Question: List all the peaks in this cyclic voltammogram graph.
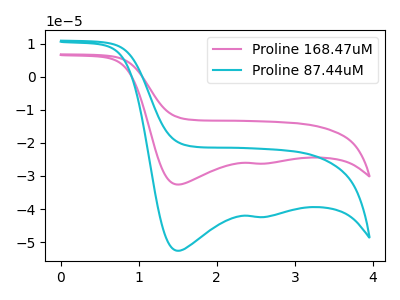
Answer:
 <answer>The pink curve "Proline 168.47uM" has cathodic peaks at (1.50V, -32.60uA) (2.60V, -26.25uA). The cyan curve "Proline 87.44uM" has cathodic peaks at (1.50V, -52.60uA) (2.60V, -42.40uA).</answer>
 <eval></eval>